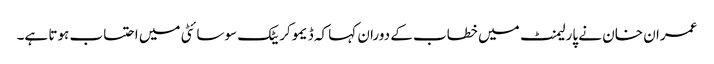
عمران خان نے پارلیمنٹ میں خطاب کے دوران کہا کہ ڈیموکریٹک سوسائٹی میں احتساب ہوتا ہے۔